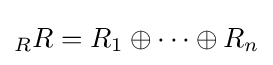
{}_{R}R=R_{1}\oplus \cdots \oplus R_{n}